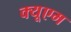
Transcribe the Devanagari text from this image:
क्यूएम